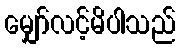
မျှော်လင့်မိပါသည်